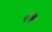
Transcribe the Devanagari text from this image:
ऐंड़